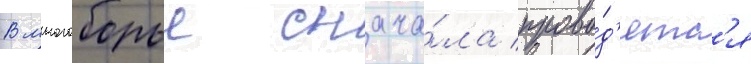
В многоборье снача́ла прово́д'ятс'я